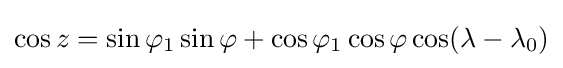
\cos z=\sin \varphi _{1}\sin \varphi +\cos \varphi _{1}\cos \varphi \cos(\lambda -\lambda _{0})